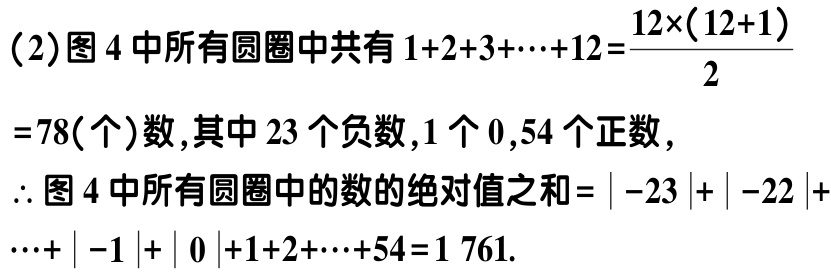
（2）图 4 中所有圆圈中共有 \(1 + 2+3+\cdots+12=\frac{12\times(12 + 1)}{2}\)

\(=78\)（个）数，其中 \(23\) 个负数，\(1\) 个 \(0\)，\(54\) 个正数，

\(\therefore\) 图 4 中所有圆圈中的数的绝对值之和\(=|-23|+|-22|+\cdots+|-1|+|0|+1 + 2+\cdots+54 = 1761\).